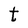
Character: t